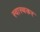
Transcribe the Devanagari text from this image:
स्वास्थकर